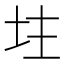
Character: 𡊲